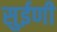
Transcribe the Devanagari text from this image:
सुईणी